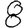
Digit: 8